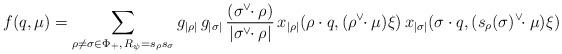
LaTeX: \begin{align*} f(q,\mu) = \sum_{\rho\neq\sigma\in\Phi_{+},\,R_{\psi}= s_{\rho}s_{\sigma}}g_{|\rho|} \,g_{|\sigma|}\,{(\sigma^{\vee}\!\!\cdot\rho)\over {|\sigma^{\vee}\!\!\cdot\rho|}}\, x_{|\rho|}(\rho\cdot q,(\rho^{\vee}\!\!\cdot\mu)\xi)\,x_{|\sigma|}(\sigma\cdot q,(s_{\rho}(\sigma)^{\vee}\!\!\cdot\mu)\xi)\end{align*}